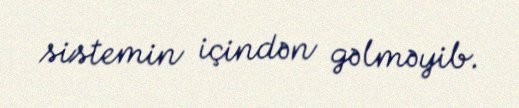
sistemin içindən gəlməyib.